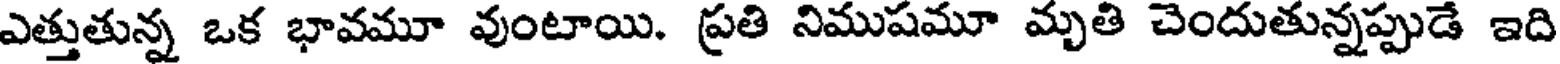
ఎత్తుతున్న ఒక భావమూ వుంటాయి. ప్రతి నిముషమూ మృతి చెందుతున్నప్పుడే ఇది